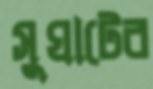
সুঘাটের